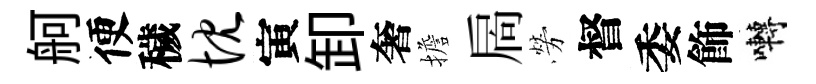
舸便穢忱寅卸奢擔扄勞督委飾囀